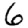
Digit: 6